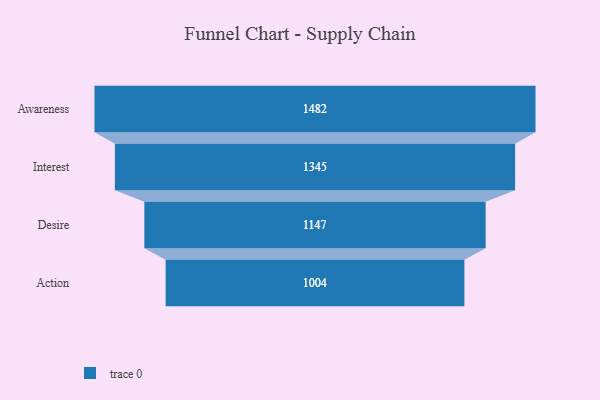
{"axis": {"x": "Stage", "y": "Value"}, "legend": [""], "data": [{"x": "Awareness", "y": 1482.0, "type": ""}, {"x": "Interest", "y": 1345.0, "type": ""}, {"x": "Desire", "y": 1147.0, "type": ""}, {"x": "Action", "y": 1004.0, "type": ""}]}